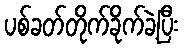
ပစ်ခတ်တိုက်ခိုက်ခဲ့ပြီး